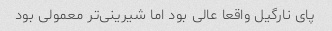
پای نارگیل واقعا عالی بود اما شیرینی‌تر معمولی بود